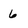
Character: 6